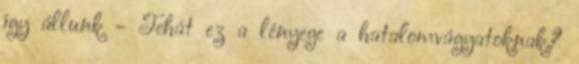
így állunk - Tehát ez a lényege a hatalomvágyatoknak.?